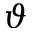
\vartheta